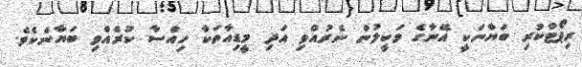
ރިޕޯޓްކުރި ބަޔާނަކީ އޭނާގެ ވަކީލުން ނެރުއްވި އަދި މީޑިއާތަކާ ހިއްސާ ކުރެއްވި ބަޔާނެކެވެ.